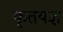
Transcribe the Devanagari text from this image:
कृतयज्ञ